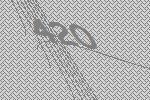
420